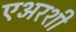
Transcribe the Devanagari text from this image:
एअरशी